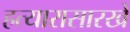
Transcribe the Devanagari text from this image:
हत्यारासारखे